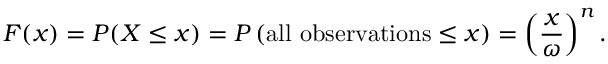
F ( x ) = P ( X \leq x ) = P \left( \mathrm { a l l \ o b s e r v a t i o n s } \leq x \right) = \left( { \frac { x } { \omega } } \right) ^ { n } .